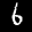
Label: 6